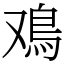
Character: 鳮